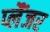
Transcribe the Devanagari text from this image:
प्लैंजर